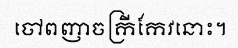
ចៅពញាចក្រីកែវនោះ។